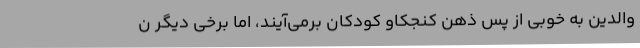
والدین به خوبی از پس ذهن کنجکاو کودکان برمی‌آیند، اما برخی دیگر ن